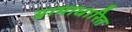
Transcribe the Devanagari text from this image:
ग्रामाधारित